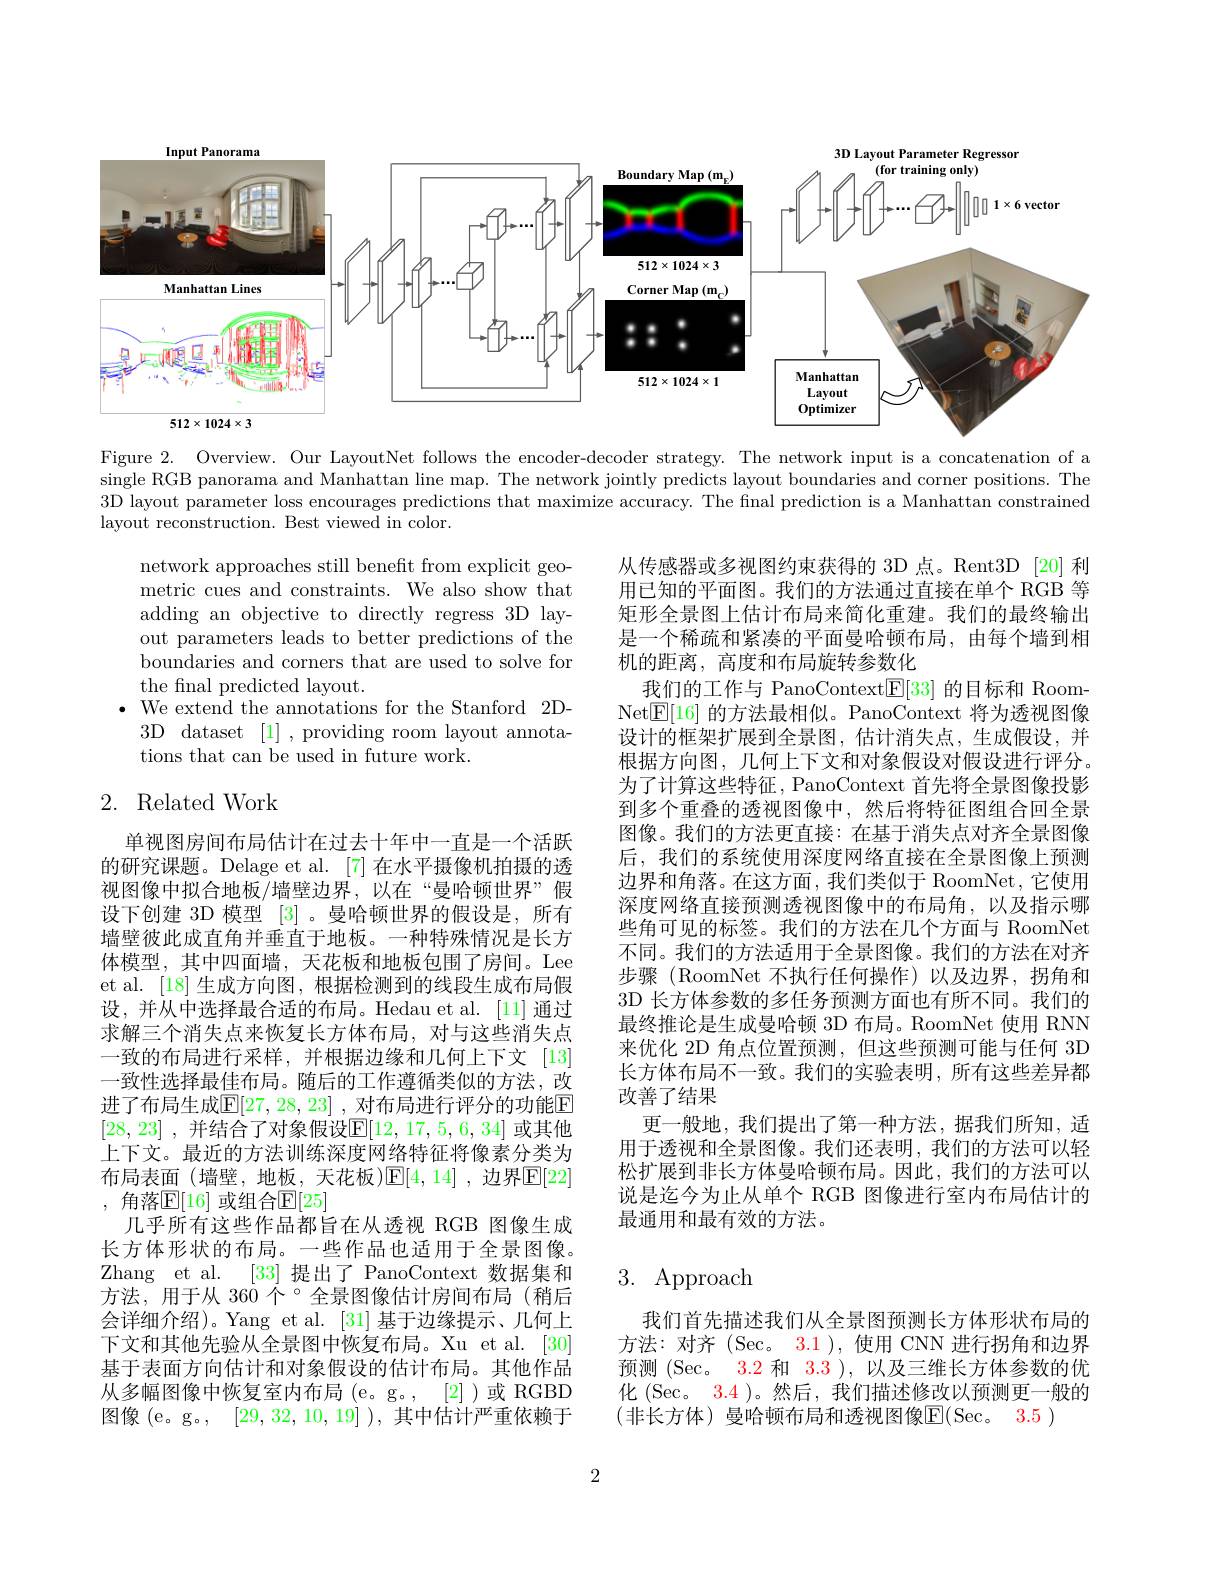
<FigureHere>

Figure 2. Overview. Our LayoutNet follows the encoder-decoder strategy. The network input is a concatenation of a single RGB panorama and Manhattan line map. The network jointly predicts layout boundaries and corner positions. The 3D layout parameter loss encourages predictions that maximize accuracy. The final prediction is a Manhattan constrained layout reconstruction. Best viewed in color.

network approaches still benefit from explicit geometric cues and constraints. We also show that adding an objective to directly regress 3D layout parameters leads to better predictions of the boundaries and corners that are used to solve for the final predicted layout.
$\bullet$ We extend the annotations for the Stanford 2D-
3D dataset [1] ,providing room layout annota-
tions that can be used in future work.

## 2. Related Work

从传感器或多视图约束获得的 3D 点。Rent3D [20] 利用已知的平面图。我们的方法通过直接在单个 RGB 等矩形全景图上估计布局来简化重建。我们的最终输出是一个稀疏和紧凑的平面曼哈顿布局，由每个墙到相机的距离，高度和布局旋转参数化
我们的工作与 PanoContext$\boxed{\mathrm{E}}[33]$的目标和 RoomNet$\boxed{\mathbb{E}}[16]$的方法最相似。PanoContext 将为透视图像设计的框架扩展到全景图，估计消失点，生成假设，并根据方向图，几何上下文和对象假设对假设进行评分。为了计算这些特征，PanoContext 首先将全景图像投影到多个重叠的透视图像中，然后将特征图组合回全景图像。我们的方法更直接：在基于消失点对齐全景图像后，我们的系统使用深度网络直接在全景图像上预测边界和角落。在这方面，我们类似于 RoomNet,它使用深度网络直接预测透视图像中的布局角，以及指示哪些角可见的标签。我们的方法在几个方面与 RoomNet 不同。我们的方法适用于全景图像。我们的方法在对齐步骤 (RoomNet 不执行任何操作)以及边界，拐角和3D 长方体参数的多任务预测方面也有所不同。我们的最终推论是生成曼哈顿 3D 布局。RoomNet 使用 RNN 来优化 2D 角点位置预测，但这些预测可能与任何 3D 长方体布局不一致。我们的实验表明，所有这些差异都改善了结果
更一般地，我们提出了第一种方法，据我们所知，适用于透视和全景图像。我们还表明，我们的方法可以轻松扩展到非长方体曼哈顿布局。因此，我们的方法可以说是迄今为止从单个 RGB 图像进行室内布局估计的最通用和最有效的方法。

单视图房间布局估计在过去十年中一直是一个活跃的研究课题。Delage et al. [7] 在水平摄像机拍摄的透视图像中拟合地板/墙壁边界，以在“曼哈顿世界”假设下创建 3D 模型 [3]。曼哈顿世界的假设是，所有墙壁彼此成直角并垂直于地板。一种特殊情况是长方体模型，其中四面墙，天花板和地板包围了房间。Lee et al. [18] 生成方向图，根据检测到的线段生成布局假设，并从中选择最合适的布局。Hedau et al. [11] 通过求解三个消失点来恢复长方体布局，对与这些消失点一致的布局进行采样，并根据边缘和几何上下文[13] 一致性选择最佳布局。随后的工作遵循类似的方法，改进了布局生成$\mathbb{E}[27,28,23]$ ,对布局进行评分的功能E [28,23] , 并结合了对象假设$\mathbb{E} [ 12$, 17, 5, 6, 34] 或其他上下文。最近的方法训练深度网络特征将像素分类为布局表面 (墙壁，地板，天花板)$\mathbb{E}[4,14]$ ,边界$\mathbb{E}[22]$ , 角落$\mathbb{E}[16]$ 或组合$\mathbb{E}[25]$
几乎所有这些作品都旨在从透视 RGB 图像生成长方体形状的布局。一些作品也适用于全景图像。Zhang et al. [33] 提出了 PanoContext 数据集和方法，用于从 360 个 °全景图像估计房间布局 (稍后会详细介绍)。Yang et al. [31] 基于边缘提示、几何上下文和其他先验从全景图中恢复布局。Xu et al.[30] 基于表面方向估计和对象假设的估计布局。其他作品从多幅图像中恢复室内布局(e。g。, [2])或 RGBD 图像 (e。g。, [29,32,10,19]),其中估计严重依赖于

# 3. Approach

我们首先描述我们从全景图预测长方体形状布局的方法：对齐(Sec。3.1),使用 CNN 进行拐角和边界预测 (Sec。3.2 和 3.3 ), 以及三维长方体参数的优化 (Sec。3.4 )。然后，我们描述修改以预测更一般的(非长方体) 曼哈顿布局和透视图像E(Sec。3.5)

2